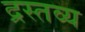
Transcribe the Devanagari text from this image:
द्रस्तव्य